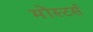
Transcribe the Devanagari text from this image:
मोंस्टर्स